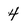
Character: 4